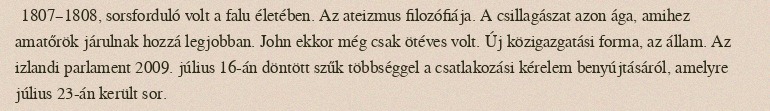
1807–1808, sorsforduló volt a falu életében. Az ateizmus filozófiája. A csillagászat azon ága, amihez amatőrök járulnak hozzá legjobban. John ekkor még csak ötéves volt. Új közigazgatási forma, az állam. Az izlandi parlament 2009. július 16-án döntött szűk többséggel a csatlakozási kérelem benyújtásáról, amelyre július 23-án került sor.